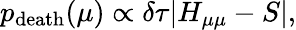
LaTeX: p_{\mathrm{death}}(\mu)\propto\delta\tau|H_{\mathbf{\mu\mu}}-S|,